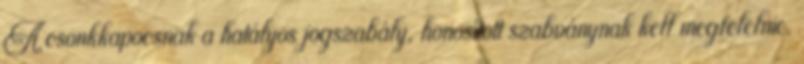
A csonkkapocsnak a hatályos jogszabály, honosított szabványnak kell megfelelnie.